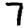
Digit: 7